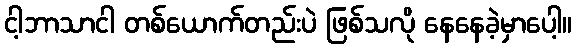
ငါ့ဘာသာငါ တစ်ယောက်တည်းပဲ ဖြစ်သလို နေနေခဲ့မှာပေါ့။